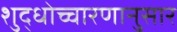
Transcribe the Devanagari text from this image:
शुद्धोच्चारणानुसार